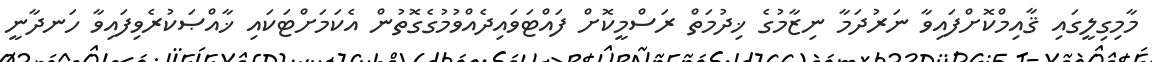
މާމިގިލީގައި ޤާއިމްކޮށްފައިވާ ނަރުދަމާ ނިޒާމުގެ ޚިދުމަތް ރަސްމީކޮށް ފައްޓަވައިދެއްވުމުގެގޮތުން އެކަމަށްޓަކައި ޚާއްޞަކުރެވިފައިވާ ހަނދާނީ